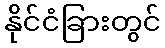
နိုင်ငံခြားတွင်